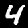
Digit: 4